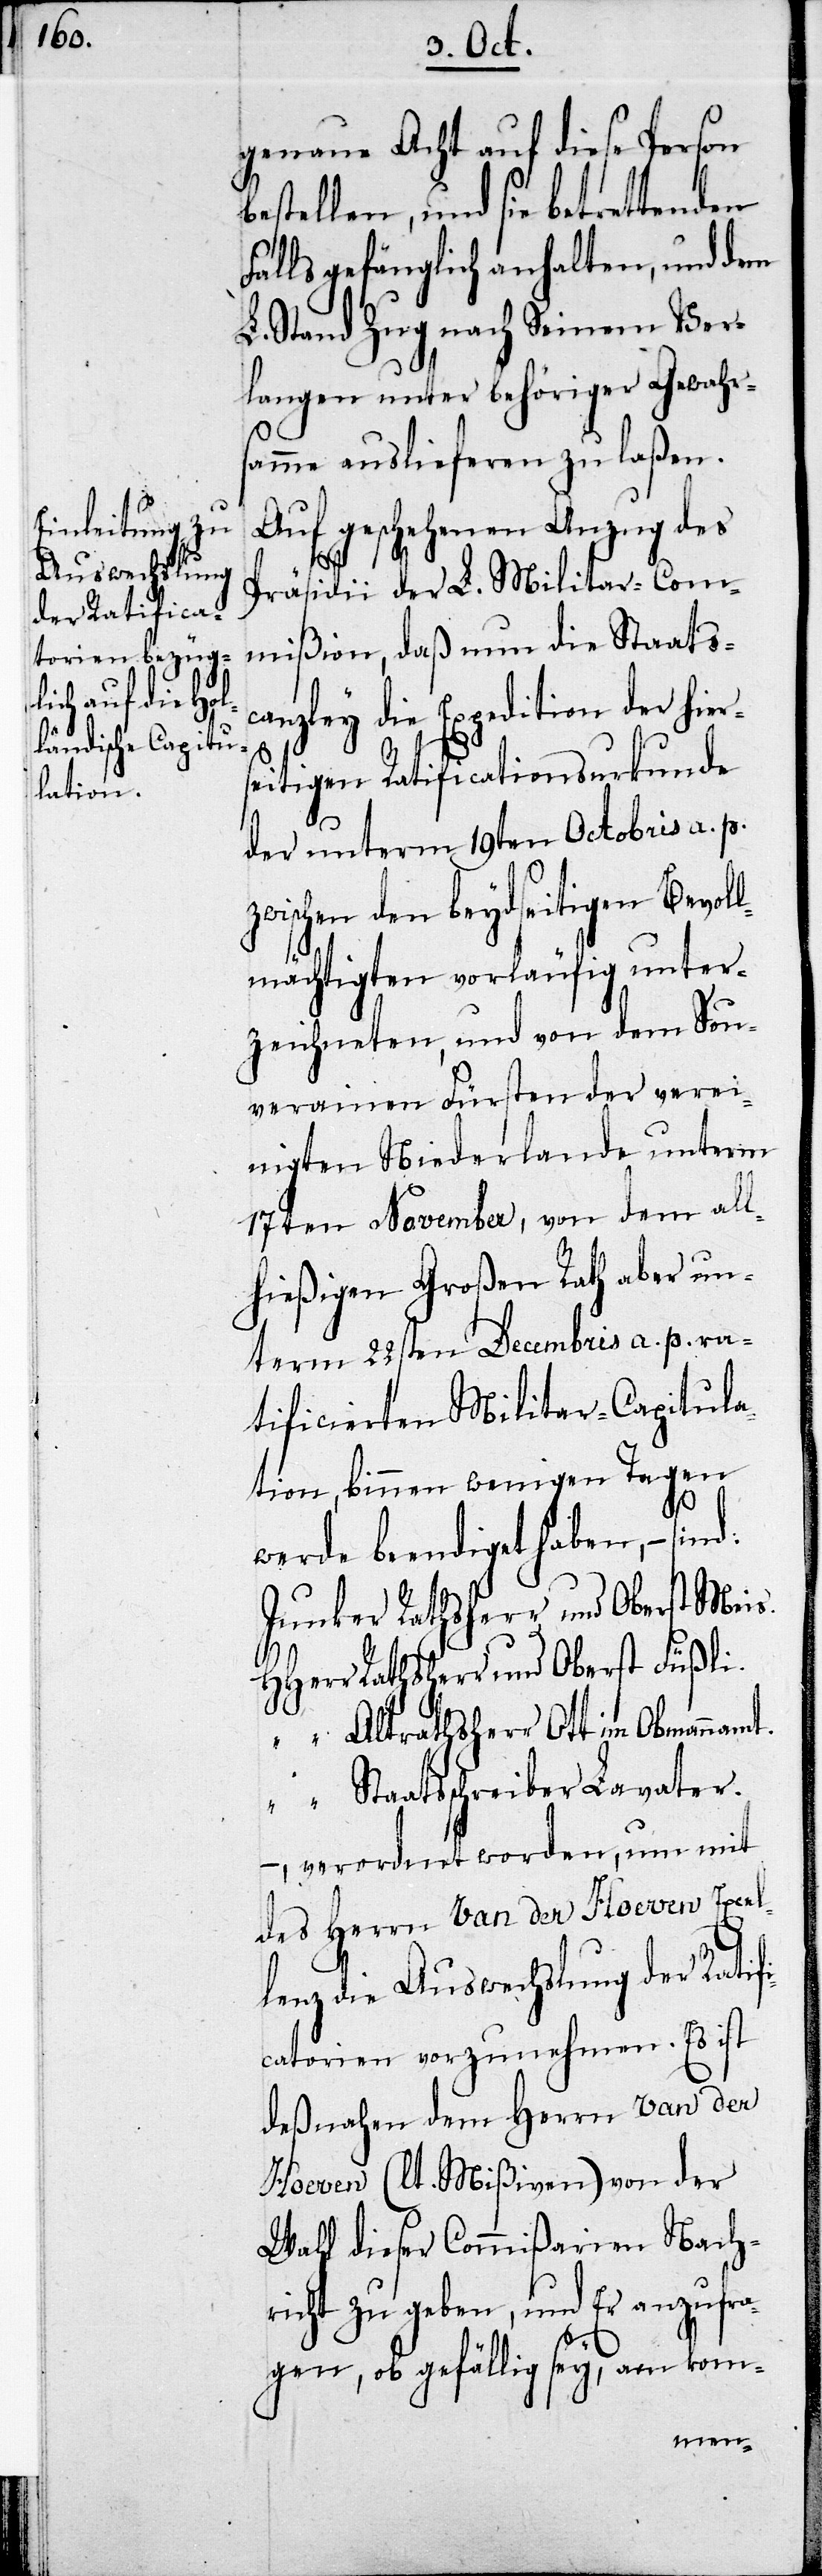
genaue Acht auf diese Person
bestellen, und sie betrettenden
Falls gefänglich anhalten, und dem
L. Stand Zug nach Seinem Ver¬
langen unter behöriger Gewahrs¬
amme auslieferen zu laßen.
Auf geschehenen Anzug des
d:
Präsidii der L. Militar-Com¬
mißion, daß nun die Staatsca¬
nzley die Expedition der hi¬
eitigen Ratificationsurkunde
der unterm 19ten Octobris a. p.
zwischen den beydseitigen Bevoll¬
mächtigten vorläufig unter¬
zeichneten, und von dem Sou¬
verainen Fürsten der verei¬
nigten Niederlande unterm
17ten November, von dem all¬
hießigen Großen Rath aber un¬
term 23ten Decembris a. p. ra¬
tificierten Militar-Capitula¬
tion, binnen wenigen Tagen
werde beendiget haben, – sin¬
Junker Rathsherr und Oberst Meis.
HHerr Rathsherr und Oberst Füßli.
„ Altrathsherr Ott im Obmann
„ Staatsschreiber Lavater.
verordnet worden, um mit
des Herrn Van der Hoeven Excel¬
lenz die Auswechslung der Ratifi¬
catorien vorzunehmen. Es ist
deßnahen dem Herrn van der
Hoeven (lt. Mißiven) von der
Wahl dieser Commißarien Nach¬
richt zu geben, und Er anzufra¬
gen, ob gefällig sey, am kom-